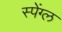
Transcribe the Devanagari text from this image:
स्पेंग्ल